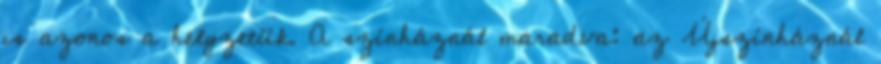
is azonos a helyzetük. A színháznál maradva: az Újszínháznál